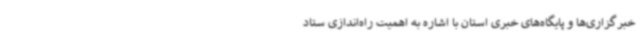
خبرگزاری‌ها و پایگاه‌های خبری استان با اشاره به اهمیت راه‌اندازی ستاد